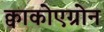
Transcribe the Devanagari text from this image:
क्वाकोएग्रोन